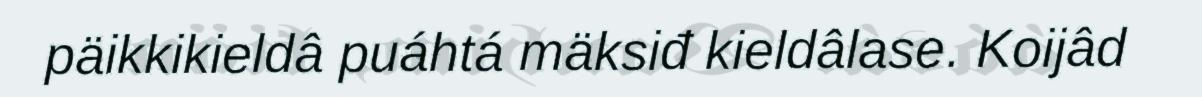
päikkikieldâ puáhtá mäksiđ kieldâlase. Koijâd